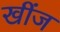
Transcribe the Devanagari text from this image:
खींज